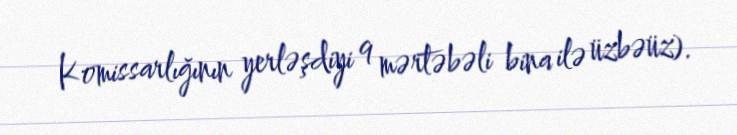
Komissarlığının yerləşdiyi 9 mərtəbəli bina ilə üzbəüz).